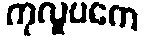
ကုလူပကေ